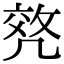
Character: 𠙟